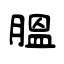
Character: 膃